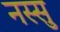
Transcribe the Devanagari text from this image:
नस्सु